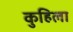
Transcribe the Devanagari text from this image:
कुहिला